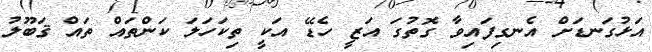
އަޅުގަނޑަށް އެނގިފައިވާ ގޮތުގަ އަޒީ ހެޑޭ އަކީ ތިކަހަލަ ކަންތައް ތައް ޤަބޫލު